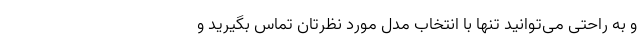
و به راحتی می‌توانید تنها با انتخاب مدل مورد نظرتان تماس بگیرید و